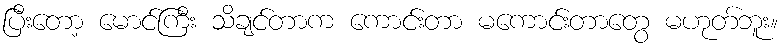
ပြီးတော့ မောင်ကြီး သိချင်တာက ကောင်းတာ မကောင်းတာတွေ မဟုတ်ဘူး။